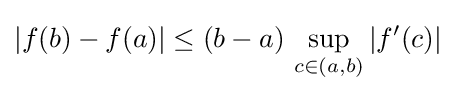
|f(b)-f(a)|\leq (b-a)\,\sup _{c\in (a,b)}|f^{\prime }(c)|